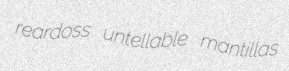
reardoss untellable mantillas